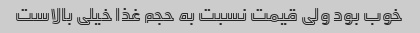
خوب بود ولی قیمت نسبت به حجم غذا خیلی بالاست